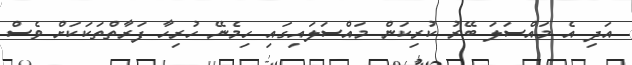
އަދި އެ މައްސަލަ ބޭރު ކުރިކަން މައްސަލައިގައި ހިމެނޭ ހުރިހާ ފަރާތްތަކަކަށް ވެސް